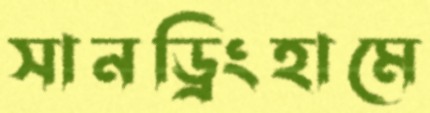
সানড্রিংহামে